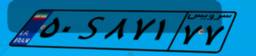
۰۸S۸۸۲۵۲